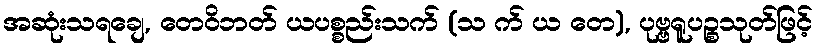
အဆုံးသရချေ, တေဝိဘတ် ယပစ္စည်းသက် (သ က် ယ တေ), ပုဗ္ဗရူပဉ္စသုတ်ဖြင့်